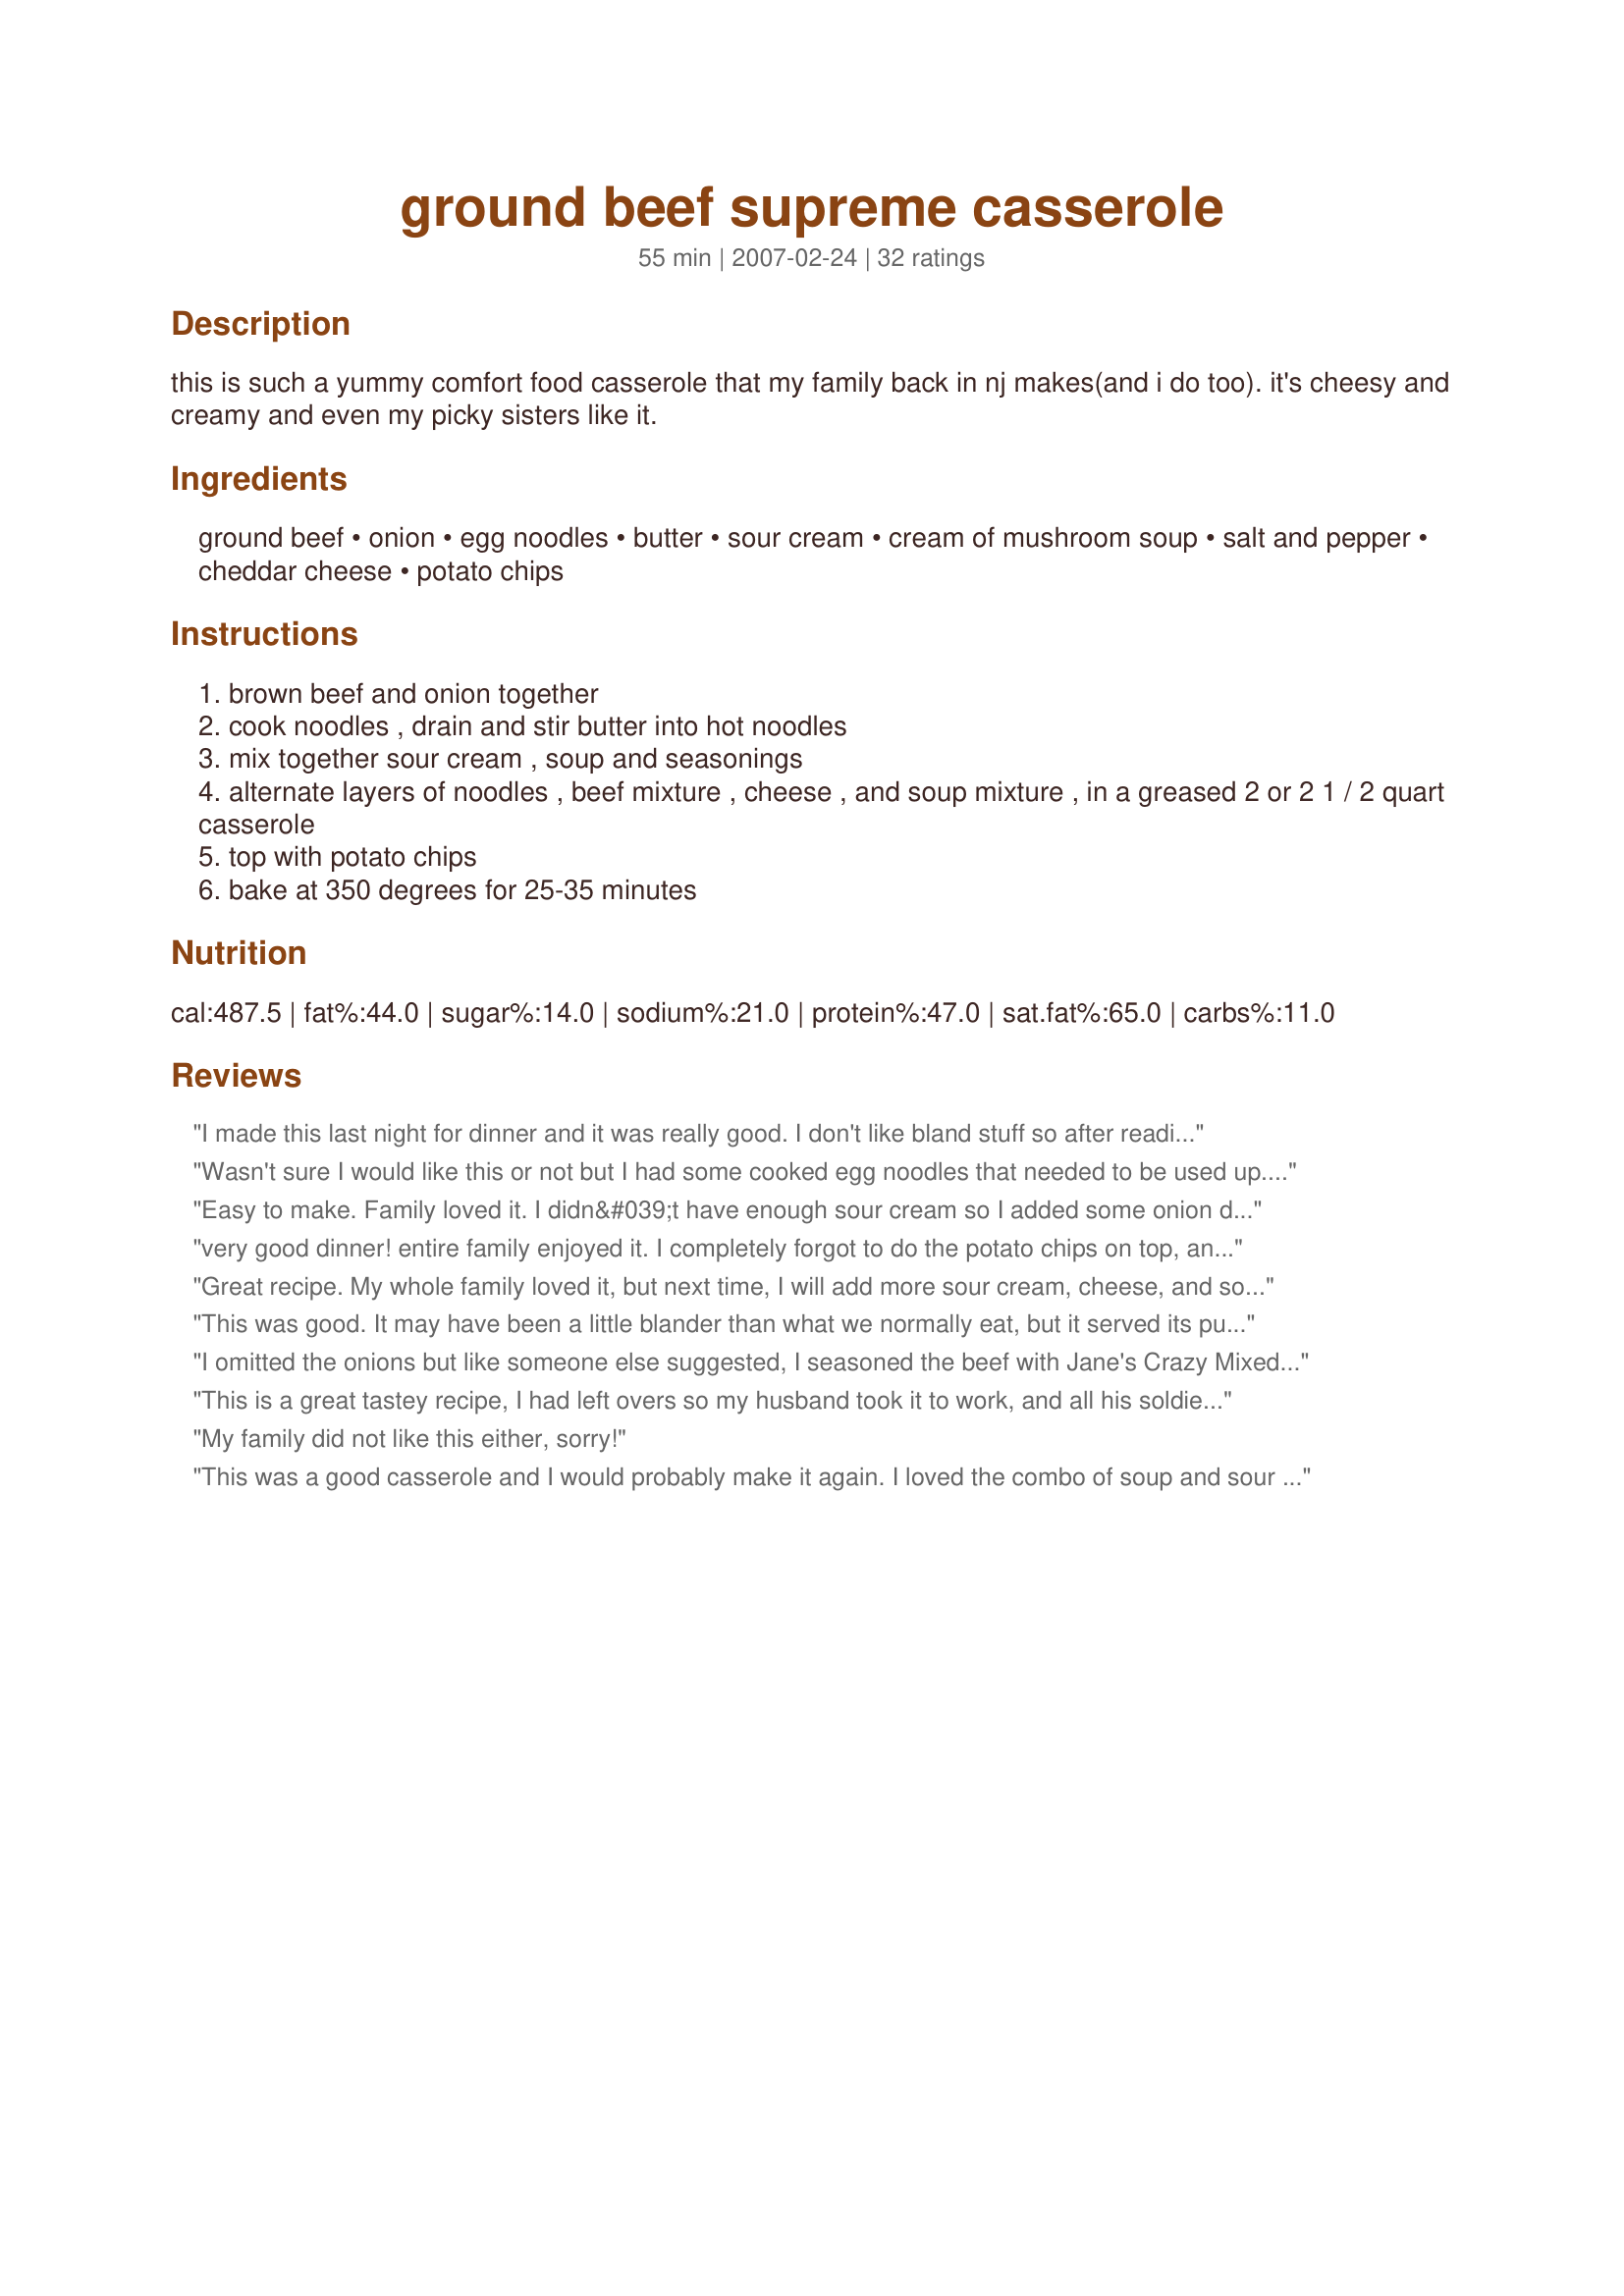
ground beef supreme casserole
Preparation time: 55 minutes

this is such a yummy comfort food casserole that my family back in nj makes(and i do too). it's cheesy and creamy and even my picky sisters like it.

Ingredients:
ground beef, onion, egg noodles, butter, sour cream, cream of mushroom soup, salt and pepper, cheddar cheese, potato chips

Steps:
brown beef and onion together
cook noodles , drain and stir butter into hot noodles
mix together sour cream , soup and seasonings
alternate layers of noodles , beef mixture , cheese , and soup mixture , in a greased 2 or 2 1 / 2 quart casserole
top with potato chips
bake at 350 degrees for 25-35 minutes

Reviews:
I made this last night for dinner and it was really good. I don't like bland stuff so after reading from some reviewers that it was bland, I made a few changes. I added garlic salt to the meat when browning it, and instead of layering it, i mixed the cheese, soup mixture, burger meat and noodles and more garlic salt, pepper and salt together then put it in a casserole dish. Then i topped it again with cheese and instead of potato chips i used crispy fried onions. I baked it uncovered for 25 minutes so the onions could crisp more and get deep golden brown. I really enjoyed this!!
Wasn't sure I would like this or not but I had some cooked egg noodles that needed to be used up. WOW! I was surprised - I really liked it alot! Instead of butter, I put 1/2 stick of margarine in with the egg noodles. I used chopped onion instead of minced - I don't know what difference it makes. And I used shredded mexican cheese and lots of it (because I love cheese). Plus, I completely forgot to put in the salt and pepper. It was delicious! Thank you so much!
Easy to make. Family loved it. I didn&#039;t have enough sour cream so I added some onion dip that I had on hand. Still tasted great.
very good dinner! entire family enjoyed it. I completely forgot to do the potato chips on top, and we still loved it. I did add some garlic powder, salt, and pepper to the beef/onion while cooking the hamburger, to avoid that layer being possibly bland. Worked like a charm-the whole dinner was well seasoned and delicious. Thanks for a great recipe!
Great recipe. My whole family loved it, but next time, I will add more sour cream, cheese, and soup to make it creamier. Very tasty.
This was good. It may have been a little blander than what we normally eat, but it served its purpose and fed my family. It wasn't quite as creamy as I was expecting.
I omitted the onions but like someone else suggested, I seasoned the beef with Jane's Crazy Mixed up Salt, which worked really well. Also, since another reviewer mentioned that it tasted kinda like Swedish meatballs, I added about 1/2 tsp of allspice to the soup mixture. Wow! What a great addition that was. Next time I'll add a little nutmeg too. I didn't think the chips really added anything to it, so I will omit that next time. All in all, what a great recipe. This one will make my regular rotation.
This is a great tastey recipe, I had left overs so my husband took it to work, and all his soldiers asked what he was eating it smelled so good. They asked if I would make it for Dinner one night and have them all over. I would literally be feeding an entire ARMY. THANKS FOR SHARING!!!
My family did not like this either, sorry!
This was a good casserole and I would probably make it again. I loved the combo of soup and sour cream and I thought it tasted like a hamburger stroganoff. Be careful on amout of noodles you use ro you will not have enough sauce to layer properly. Next time I will add a little minced garlic in with hamburger and skip potato chips and just use bread crumbs (personal preference)thank you for a great new recipe.
Awesome! Just got finished making it and eating it! I did use 1/4 cup milk to the soup mixture and added red pepper flakes. So good and so easy. Will make it again!
This was really good. I had everything on hand which was a great thing for a change! I actually doubled the recipe and it was easy to do so. It filled a 9 by 13 pan to the brim! I too used sour cream and onion chips and this would be great for a church potluck! Thanks for the good recipe!
Yum! Made this yesterday with a couple changes. I used ground chicken in place of the beef, added some sliced shitake mushrooms that I sauteed in a little butter, and instead of layering it, I just mixed it all together. Very easy to make, too.
Thanks.
My kids enjoyed this. I put the sour cream and soup mix in a blender so that they wouldn't see the mushrooms! This also made this easier to spread. I omitted the potato chips and doubled the cheese. Even better the next day.
Simple and tasty. Used cream of onion instead of mushroom as my bf loathes mushrooms. Also after I brown and drained ground beef I added a package of taco sensoning. It gave the dish a little extra flavor. The taco seasoning was defiantly not overwhelming. Thanks for this recipe.
My husband doesn't usually like casseroles, but he raved over this one. I too thought it was pretty good. I may skip the potato chip topping next time since it didn't seem to add much except fat and calories for me. I'll bet French fried onions would be a good replacement although probably even more fattening!
MMMMMM~!!
Going off what other's said I alterted the following
Added 2 Cloves Garlic & Jane's Crazy Mix Up Salt to Beef while cooking
Added 1/4 Cup Milk to Sour Cream/Soup Mixture & some crushed red pepper
Added More Cheese :)
Used French-Fry Onions for topping

Thoughts that also might be yummy
Add Buttermilk Ranch to soup mixture
Top with crushed Garlic/cheese croutons
Simple to make...a little too many noodles for our taste so I would cut back on those next time.
I loved this and thought it was very easy to throw together. It actually only took me about 10 minutes prep time, so it did not take so long. I had to make this fast because my DH does not like sour cream, but he had no idea that it was in there. I personally love Sour Crea. I will
I love this casserole! I add some nutmeg and allspice and it spices things up a bit. The taste is reminiscent of Swedish meatballs.
This was pretty good! I really liked it and everyone ate it up! Easy and simple with ingredients on hand. Try it :)
This was a awesome recipe!!!
I added a few additions and it turned out great! I have always stayed away from using sour cream because I was scared that it wouldn't taste good in a casserole,but boy was I wrong. It makes it soo much creamier. I added half a green pepper, and like maybe half a cup of corn(because that was all the corn we had). It tasted good!! My husband enjoyed it too :)
This was very good and a quick weeknight supper. Served with garlic bread. Thanks for the recipe.
I made this according to the recipe, subbing french fried onions for the chips as another reviewer suggested. It tasted okay, maybe a bit bland. This was good, just not to my family's taste.
Super easy, quick, inexpensive and delicious meal. I followed the directions exactly as written. they layering looked very pretty. I put it in an 8 x 8 glass baking dish and it was slightly mounded, but nothing dripped out. The taste of the noodles, ground beef, sour cream and cheese really melded well together. Thank you for the wonderful recipe, Midwest Maven. I will be making this often.
Really yummy!! I will try a little milk in with the soup/sour cream mix next time to give it a little more creamy texture. My kids loved it! I didn't have any potato chips on hand so I used french's fried onions and it was fantastic! Might cut back to 1/2 cup of sour cream next time too...got a little too rich for seconds!! Overall...outstanding!
This recipe was amazing! My husband is not a fan of either casseroles or of sour cream, but he could not stay away from this!! Huge success. I added garlic powder, onion powder, ground marjoram, and pepper to the meat while cooking it, but otherwise, I followed the recipe as written. This recipe will definitely be in our rotation! Thank you!
Our family LOVED this combination. I was not feeling well and was very suprised by the flavor and simplicity to put together. This will become a regular in our house. I used sour cream and onion chips as that is what needed to be used up and it was a nice addition. Thanks for a simple budget friendly recipe.
I just made this, and it was sensational! My brother who never eats vegetables, loved it! It really filled all of us up! I didn't use potato chips, though.
Great recipe, did not use the potato chips, used seasoned breadcrumbs and parm. cheese. Thanks.
This was a good dinner that fed my family well. I knew going into this that it would be a little bland based on previous reviews but I think it was flavorful enough and there is only enough left over to feed myself for lunch tomorrow. That in my book is a success!
Tried the recipes as follows and I'm so sorry we did not like this at all.
